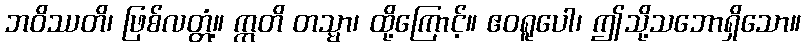
ဘဝိဿတိ၊ ဖြစ်လတ္တံ့။ ဣတိ တသ္မာ၊ ထို့ကြောင့်။ ဧဝရူပေါ၊ ဤသို့သဘောရှိသော။